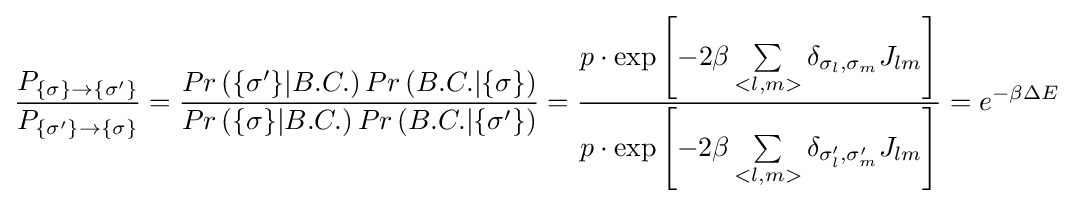
{\frac {P_{\lbrace \sigma \rbrace \rightarrow \lbrace \sigma '\rbrace }}{P_{\lbrace \sigma '\rbrace \rightarrow \lbrace \sigma \rbrace }}}={\frac {Pr\left(\lbrace \sigma '\rbrace |B.C.\right)Pr\left(B.C.|\lbrace \sigma \rbrace \right)}{Pr\left(\lbrace \sigma \rbrace |B.C.\right)Pr\left(B.C.|\lbrace \sigma '\rbrace \right)}}={\frac {p\cdot \exp \left[-2\beta \sum \limits _{<l,m>}\delta _{\sigma _{l},\sigma _{m}}J_{lm}\right]}{p\cdot \exp \left[-2\beta \sum \limits _{<l,m>}\delta _{\sigma '_{l},\sigma '_{m}}J_{lm}\right]}}=e^{-\beta \Delta E}